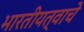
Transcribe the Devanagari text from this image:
भारतीयत्वाचे